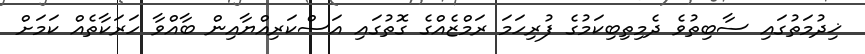
ޚިދުމަތުގައި ސާބިތުވެ ދެމިތިބިކަމުގެ ފުރިހަމަ ރަމްޒެއްގެ ގޮތުގައި އަސްކަރިއްޔާއިން ބާއްވާ ހަރަކާތެއް ކަމަށް